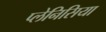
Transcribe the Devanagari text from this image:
प्लेनिसिया